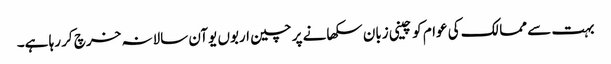
بہت سے ممالک کی عوام کو چینی زبان سکھانے پر چین اربوں یوآن سالانہ خرچ کر رہا ہے۔